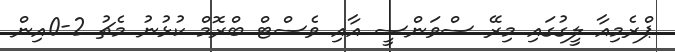
ޕްރެމިއާ ލީގުގައި މިރޭ ސްވަންސީ އާއި ވެސްޓް ބްރޮމް ކުޅުނު މެޗު 2-0އިން